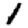
Digit: 1